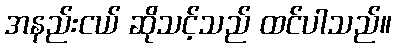
အနည်းငယ် ဆိုသင့်သည် ထင်ပါသည်။